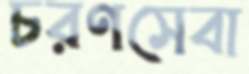
চরণসেবা